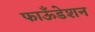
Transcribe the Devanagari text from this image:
फाऊँडेशन